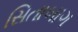
સિતાબાગ